Papers set at the Examination for Leaving Certificates, 1894
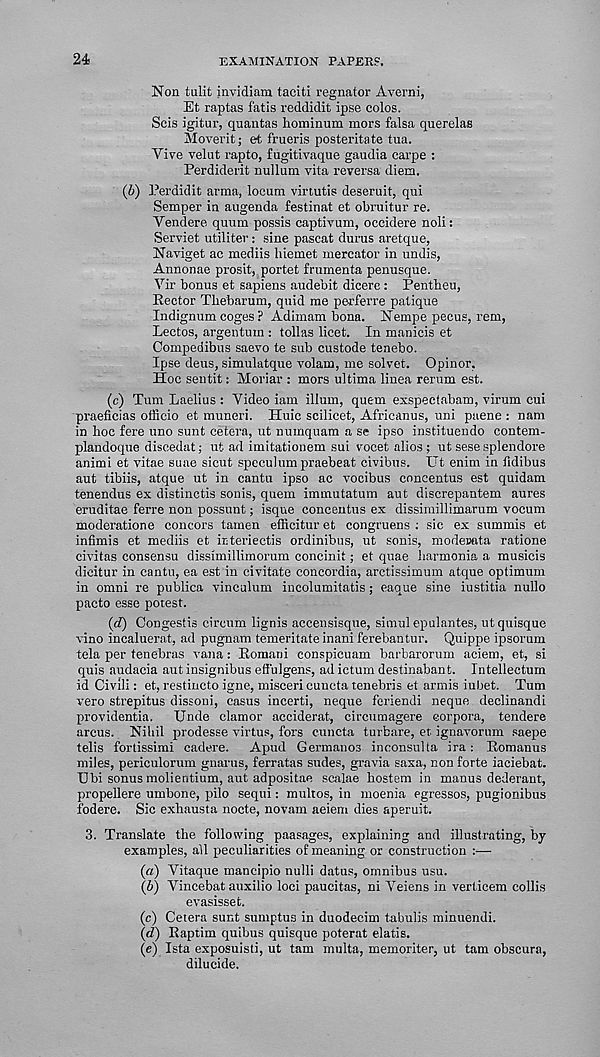
24
examination paper?.
Non tulit invidiam taciti regnator Averni,
Et raptas fatis reddidit ipse colos.
Scis igitur, quantas hominum mors falsa querelas
Moverit; et frueris posteritate tua.
Yive velut rapto, fugitivaque gaudia carpe :
Perdiderit nullum vita reversa diem.
(b) Perdidit arma, locum virtutis deseruit, qui
Semper in augenda festinat et obruitur re.
Yendere quum possis captivum, occidere noli:
Serviet utiliter: sine pascat durus aretque,
Naviget ac mediis hiemet mercator in undis,
Annonae prosit, portet frumenta penusque.
Vir bonus et sapiens audebit dicere: Pentheu,
Rector Tbebarum, quid me perferre patique
Indignum coges ? Adimam bona. Nempe pecus, rem,
Lectos, argentum : tollas licet. In manicis et
Compedibus saevo te sub custode tenebo.
Ipse deus, simulatque volam, me solvet. Opinor.
Hoc sen tit: Moriar : mors ultima linea rerum est.
(c) Turn Laelius : Video iam ilium, quem exspectabam, virum cui
praeficias officio et muneri. Huic scilicet, Africanus, uni paene : nam
in boc fere uno sunt cetera, ut numquam a se ipso instituendo contem-
plandoque discedat; ut ad imitationem sui vocet alios; ut sese splendore
animi et vitae suae sicut speculum praebeat civibus. Ut enim in fidibus
aut tibiis, atque ut in cantu ipso ac vocibus concentus est quidam
tenendus ex distinctis sonis, quem immutatum aut discrepantem aures
eruditae ferre non possunt; isque concentus ex dissimillimarum vocum
moderatione concors tamen efficitur et congruens ; sic ex summis et
infimis et mediis et irteriectis ordinibus, ut sonis, modenata ratione
civitas consensu dissimillimorum concinit; et quae barmonia a musicis
dicitur in cantu, ea est in civitate concordia, arctissimum atque optimum
in omni re publica vinculum incolumitatis; eaque sine iustitia nullo
pacto esse potest.
(d) Congestis cireum lignis accensisque, simul epulantes, utquisque
vino incaluerat, ad pugnam temeritate inani ferebantur. Quippe ipsorum
tela per tenebras vana: Romani conspicuam barbarorum aciem, et, si
quis audacia aut insignibus eff'ulgens, ad ictum destinabant. Intellectum
id Civil!: et, restincto igne, misceri cuncta tenebris et armis iubet. Turn
vero strepitus dissoni, casus incerti, neque feriendi neque declinandi
providentia. Unde clamor acciderat, circumagere corpora, tendere
arcus. Nihil prodesse virtus, fors cuncta turbare, et ignavorum saepe
telis fortissimi cadere. Apud Germanos inconsulta ira: Romanus
miles, periculorum gnarus, ferratas sudes, gravia saxa, non forte iaciebat.
Ubi sonus molientium, aut adpositae scalae bostem in manus dederant,
propellere umbone, pilo sequi: multos, in moenia egresses, pugionibus
fodere. Sic exbausta nocte, novam aeiem dies aperuit.
3. Translate the following paasages, explaining and illustrating, by
examples, all peculiarities of meaning or construction :—
(а) Vitaque mancipio null! datus, omnibus usu.
(б) Vincebat auxilio loci paucitas, ni Yeiens in verticem collis
evasisset.
(c) Cetera sunt sumptus in duodecim tabulis minuendi.
(d) Raptim quibus quisque poterat elatis.
(e) Ista exposuisti, ut tarn multa, memoriter, ut tam obscura,
dilucide.